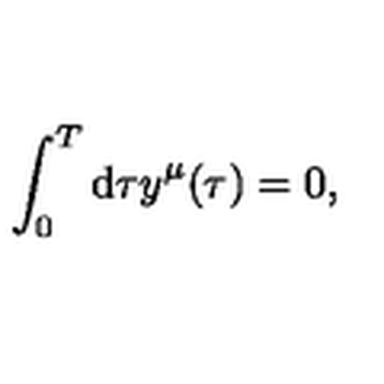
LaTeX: \int _ { 0 } ^ { T } \mathrm { d } \tau y ^ { \mu } ( \tau ) = 0 ,